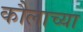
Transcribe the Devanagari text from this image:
कौलाच्या